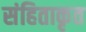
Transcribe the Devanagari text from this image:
संहिताकृत